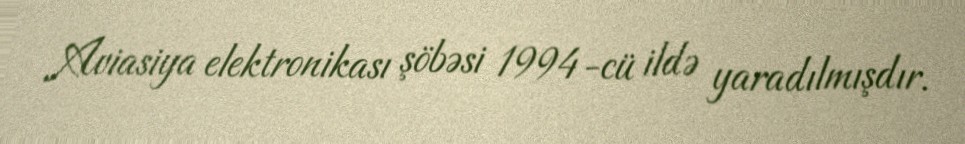
Aviasiya elektronikası şöbəsi 1994-cü ildə yaradılmışdır.